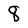
Character: 8